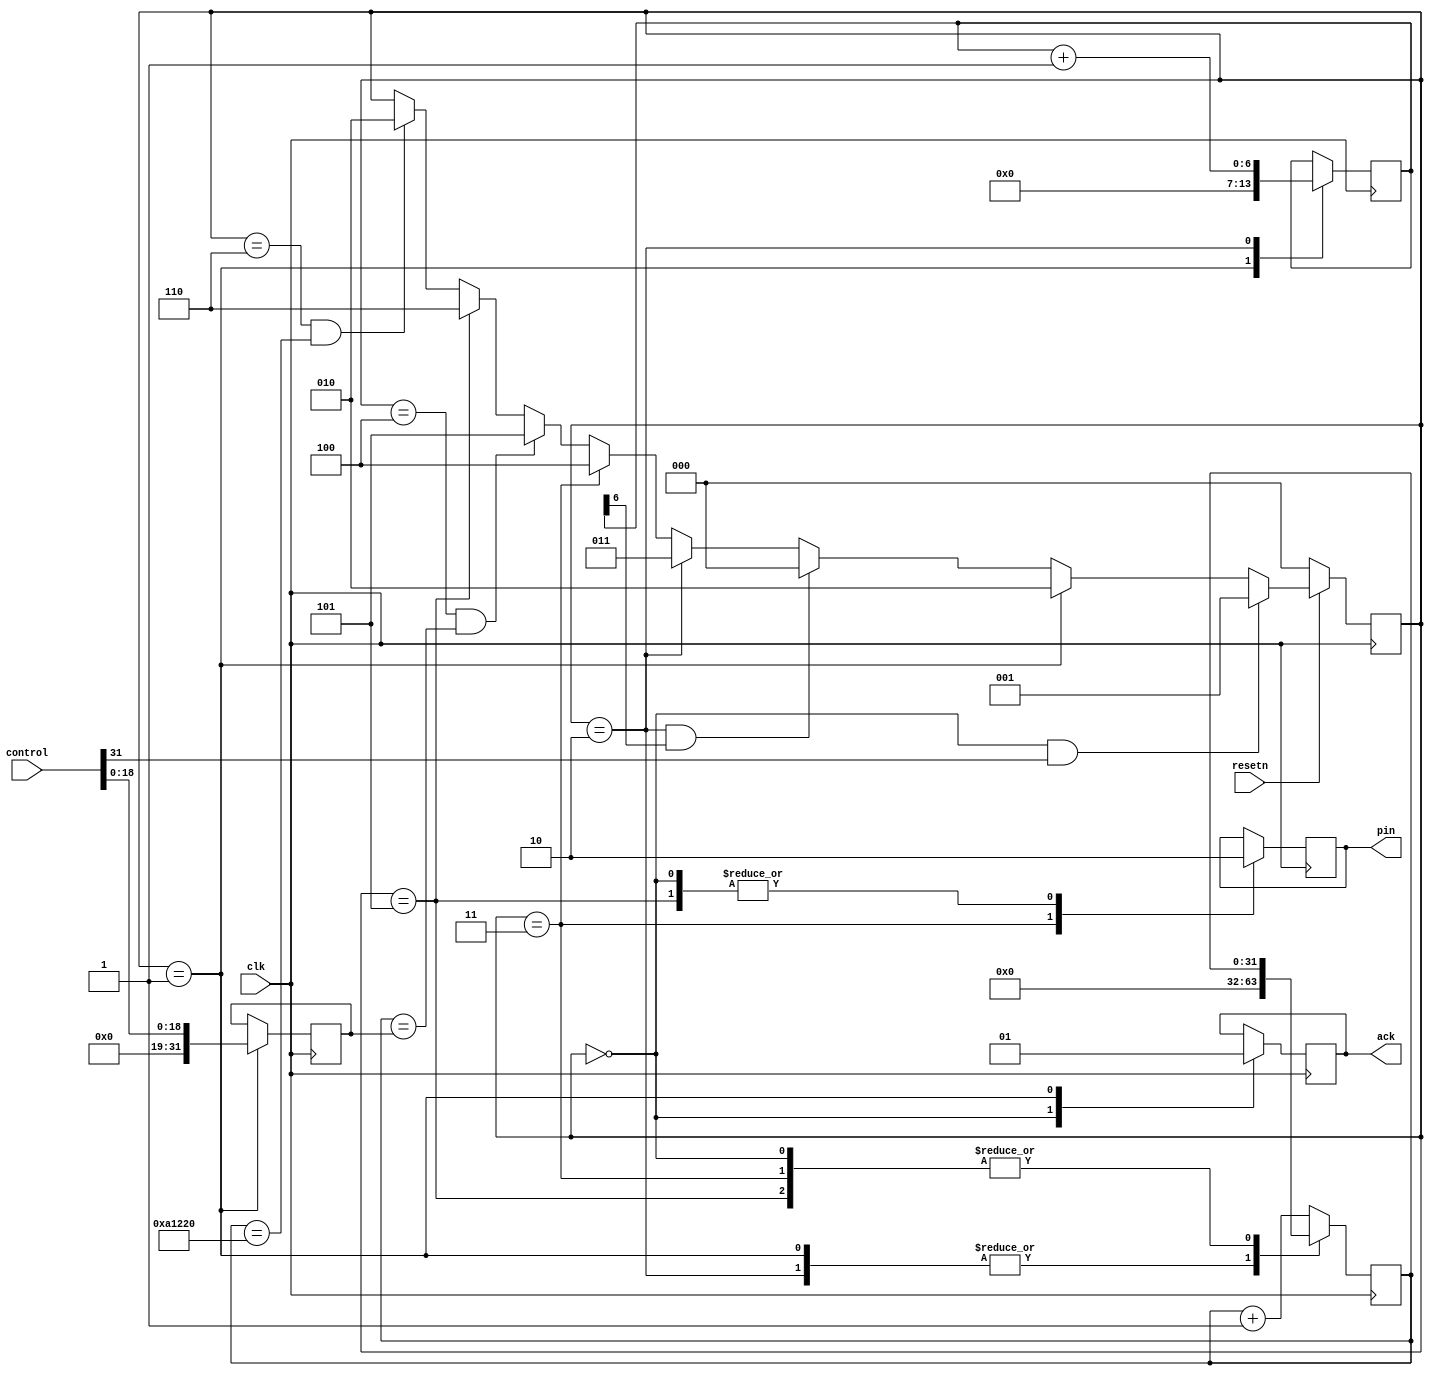
module gpio4_motor(
    input         clk, //33MHz
    input         resetn,
    input  [31:0] control,
    output reg   ack,
    output        pin
);
    reg  [ 6:0] loop;  // MAX = 64 = 0b1000000
    reg  [31:0] counter;
    reg  [31:0] high;
    reg         out;
    assign pin = out;

    reg [ 2:0] curr_state;
    reg [ 2:0] next_state;
    always @(posedge clk)
    begin
        if (!resetn)
            curr_state <= 3'b000;
        else
            curr_state <= next_state;
    end

    always @(*)
    begin
        if (curr_state == 3'b000 & control[31])
            next_state <= 3'b001;
        else if (curr_state == 3'b001)
            next_state <= 3'b010;
        else if (curr_state == 3'b010 & loop[6])
            next_state <= 3'b000;
        else if (curr_state == 3'b010)
            next_state <= 3'b011;
        else if (curr_state == 3'b011)
            next_state <= 3'b100;
        else if (curr_state == 3'b100 & (counter == high))
            next_state <= 3'b101;
        else if (curr_state == 3'b101)
            next_state <= 3'b110;
        else if (curr_state == 3'b110 & (counter == 32'h000a1220))
            next_state <= 3'b010;
        else
            next_state <= curr_state;
    end

    always @(posedge clk)
    begin
        case (curr_state)
            3'b000:
            begin
                ack     <= 1'b0;
                out     <= 1'b0;
            end
            3'b001:
            begin
                ack     <= 1'b1;
                loop    <= 7'b0;
                counter <= 32'b0;
                high    <= {13'b0, control[18:0]};
            end
            3'b010:
            begin
                loop    <= loop + 7'b1;
                counter <= 32'b0;
            end
            3'b011: out <= 1'b1;
            3'b101: out <= 1'b0;
            default:
                counter  <= counter + 32'b1;
        endcase
    end
endmodule